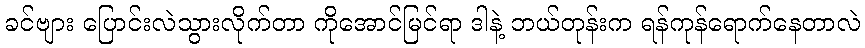
ခင်ဗျား ပြောင်းလဲသွားလိုက်တာ ကိုအောင်မြင်ရာ ဒါနဲ့ ဘယ်တုန်းက ရန်ကုန်ရောက်နေတာလဲ